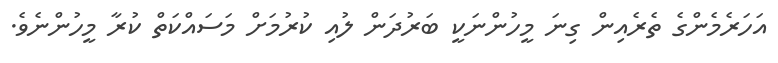
އަހަރެމެންގެ ތެރެއިން ގިނަ މީހުންނަކީ ބަރުދަން ލުއި ކުރުމަށް މަސައްކަތް ކުރާ މީހުންނެވެ.